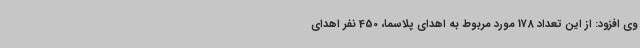
وی افزود: از این تعداد 178 مورد مربوط به اهدای پلاسما، 450 نفر اهدای